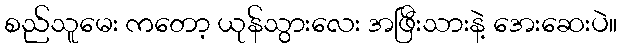
စည်သူမေး ကတော့ ယုန်သွားလေး အဖြီးသားနဲ့ အေးဆေးပဲ။